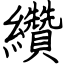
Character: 纘